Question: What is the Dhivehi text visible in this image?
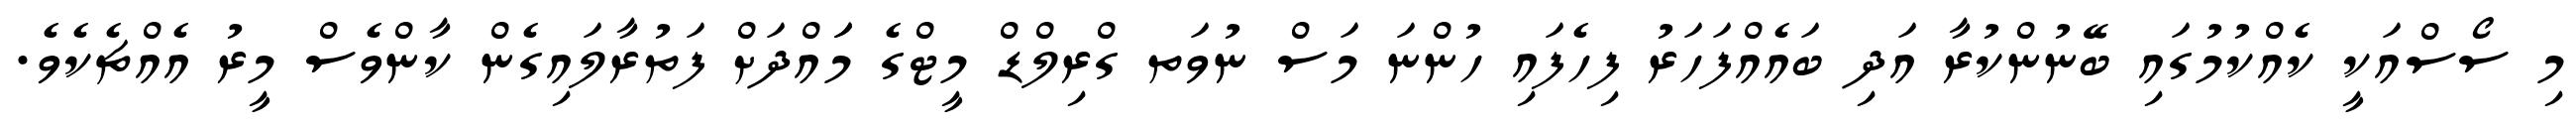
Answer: މި ސޯސްއަކީ ކެއްކުމުގައި ބޭނުންކުރާ އަދި ބައެއްފަހަރު ފިހެފައި ހުންނަ މަސް ނުވަތ ގްރިލްޑް މީޓްގެ މަައްދަށް ފަތުރާލައިގެން ކާންވެސް މީރު އެއްޗެކެވެ.